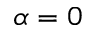
\alpha = 0